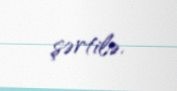
şərtilə.